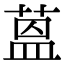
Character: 蒕